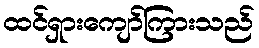
ထင်ရှားကျော်ကြားသည်